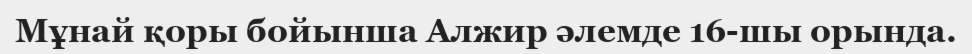
Мұнай қоры бойынша Алжир әлемде 16-шы орында.